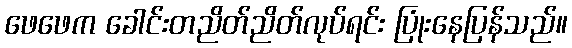
ဖေဖေက ခေါင်းတညိတ်ညိတ်လုပ်ရင်း ပြုံးနေပြန်သည်။